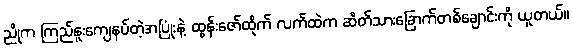
ညိုက ကြည်နူးကျေနပ်တဲ့အပြုံးနဲ့ ထွန်းဇော်ထိုက် လက်ထဲက ဆိတ်သားခြောက်တစ်ချောင်းကို ယူတယ်။